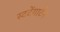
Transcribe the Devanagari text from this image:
स्टटेंगार्टेन